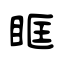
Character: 眶